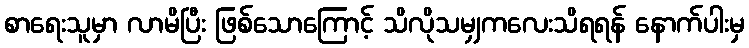
စာရေးသူမှာ လာမိပြီး ဖြစ်သောကြောင့် သိလိုသမျှကလေးသိရရန် နောက်ပါးမှ